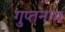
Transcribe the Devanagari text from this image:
गुप्तनाथ